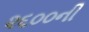
૨૬૦૦ની